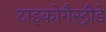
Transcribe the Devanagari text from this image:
टाइकोगैस्ट्रीडे